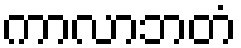
ကာလာဘတံ